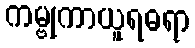
ကမ္ဗုကာယူရဓရာ